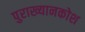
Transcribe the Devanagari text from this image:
पुराख्यानकोश